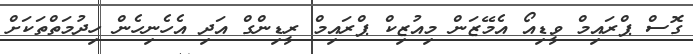
ގޮސް ޕްރައިމް ވީޑިއޯ އެމޭޒަން މިއުޒިކް ޕްރައިމް ރީޑިންގް އަދި އެހެނިހެން ހިދުމަތްތަކަށް